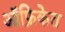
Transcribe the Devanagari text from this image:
ऑफ्रिकेत